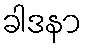
ခါဒနာ